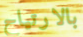
بالارتياح